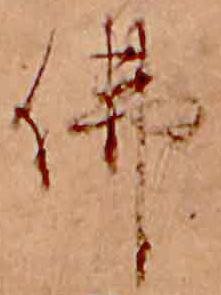
仏